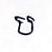
ប